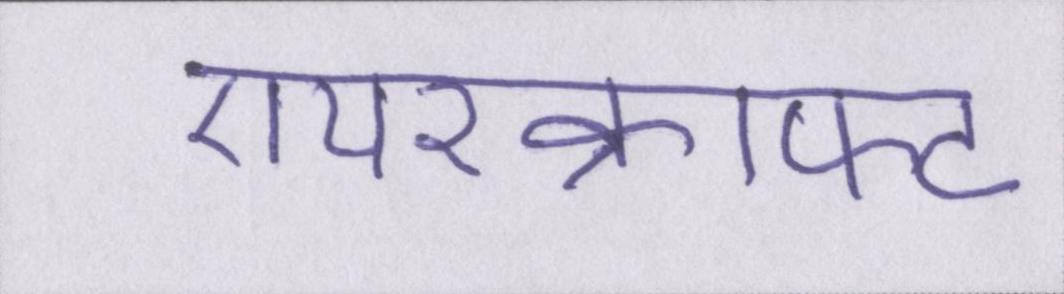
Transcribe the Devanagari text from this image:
एयरक्राफ्ट